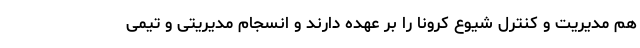
هم مدیریت و کنترل شیوع کرونا را بر عهده دارند و انسجام مدیریتی و تیمی